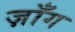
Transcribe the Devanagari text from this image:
ज़ाँग